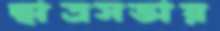
ছাত্রসভায়